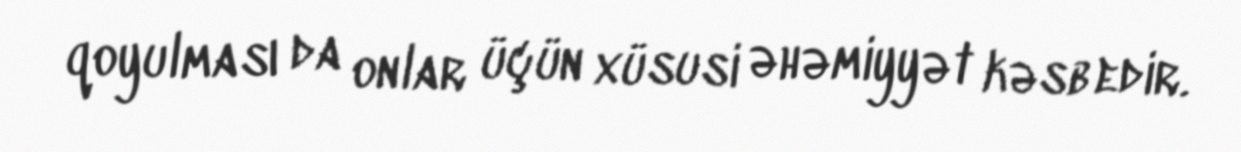
qoyulması da onlar üçün xüsusi əhəmiyyət kəsb edir.